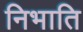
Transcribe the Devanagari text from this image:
निभाति